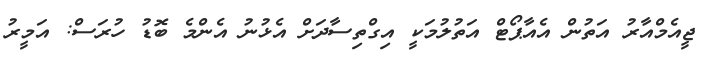
ޖީއެމްއާރު އަތުން އެއާޕޯޓް އަތުލުމަކީ އިގްތިސާދަށް އެޅުނު އެންމެ ބޮޑު ހުރަސް: އަމީރު